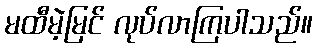
မထီမဲ့မြင် လုပ်လာကြပါသည်။